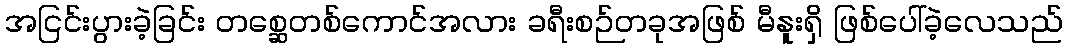
အငြင်းပွားခဲ့ခြင်း တစ္ဆေတစ်ကောင်အလား ခရီးစဉ်တခုအဖြစ် မီနူးရှိ ဖြစ်ပေါ်ခဲ့လေသည်